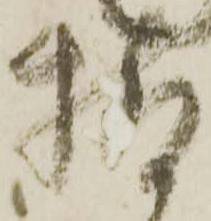
持